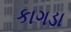
કાગડા